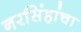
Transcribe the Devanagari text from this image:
नरसिंहांचा